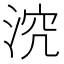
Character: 𣵆